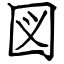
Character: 図